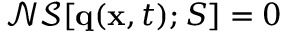
\mathcal { N S } [ \mathbf { q } ( \mathbf { x } , t ) ; S ] = 0